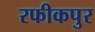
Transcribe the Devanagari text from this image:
रफीकपुर